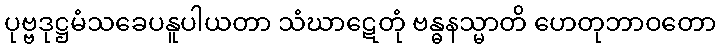
ပုဗ္ဗဒုဋ္ဌမံသခေပနူပါယတာ သံဃာဋေတုံ ဗန္ဓနသ္မာတိ ဟေတုဘာဝတော